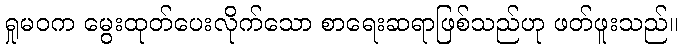
ရှုမဝက မွေးထုတ်ပေးလိုက်သော စာရေးဆရာဖြစ်သည်ဟု ဖတ်ဖူးသည်။